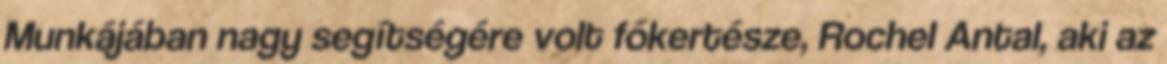
Munkájában nagy segítségére volt főkertésze, Rochel Antal, aki az